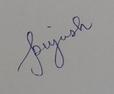
Signature authenticity: genuine